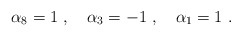
\begin{align*}\alpha_8 = 1 \ , \ \ \ \alpha_3 = -1 \ , \ \ \ \alpha_1 = 1 \ .\end{align*}